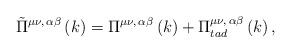
LaTeX: \begin{align*}\tilde\Pi^{\mu\nu ,\,\alpha\beta}\left(k\right)=\Pi^{\mu\nu ,\,\alpha\beta}\left(k\right)+\Pi_{tad}^{\mu\nu ,\, \alpha\beta}\left(k\right),\end{align*}